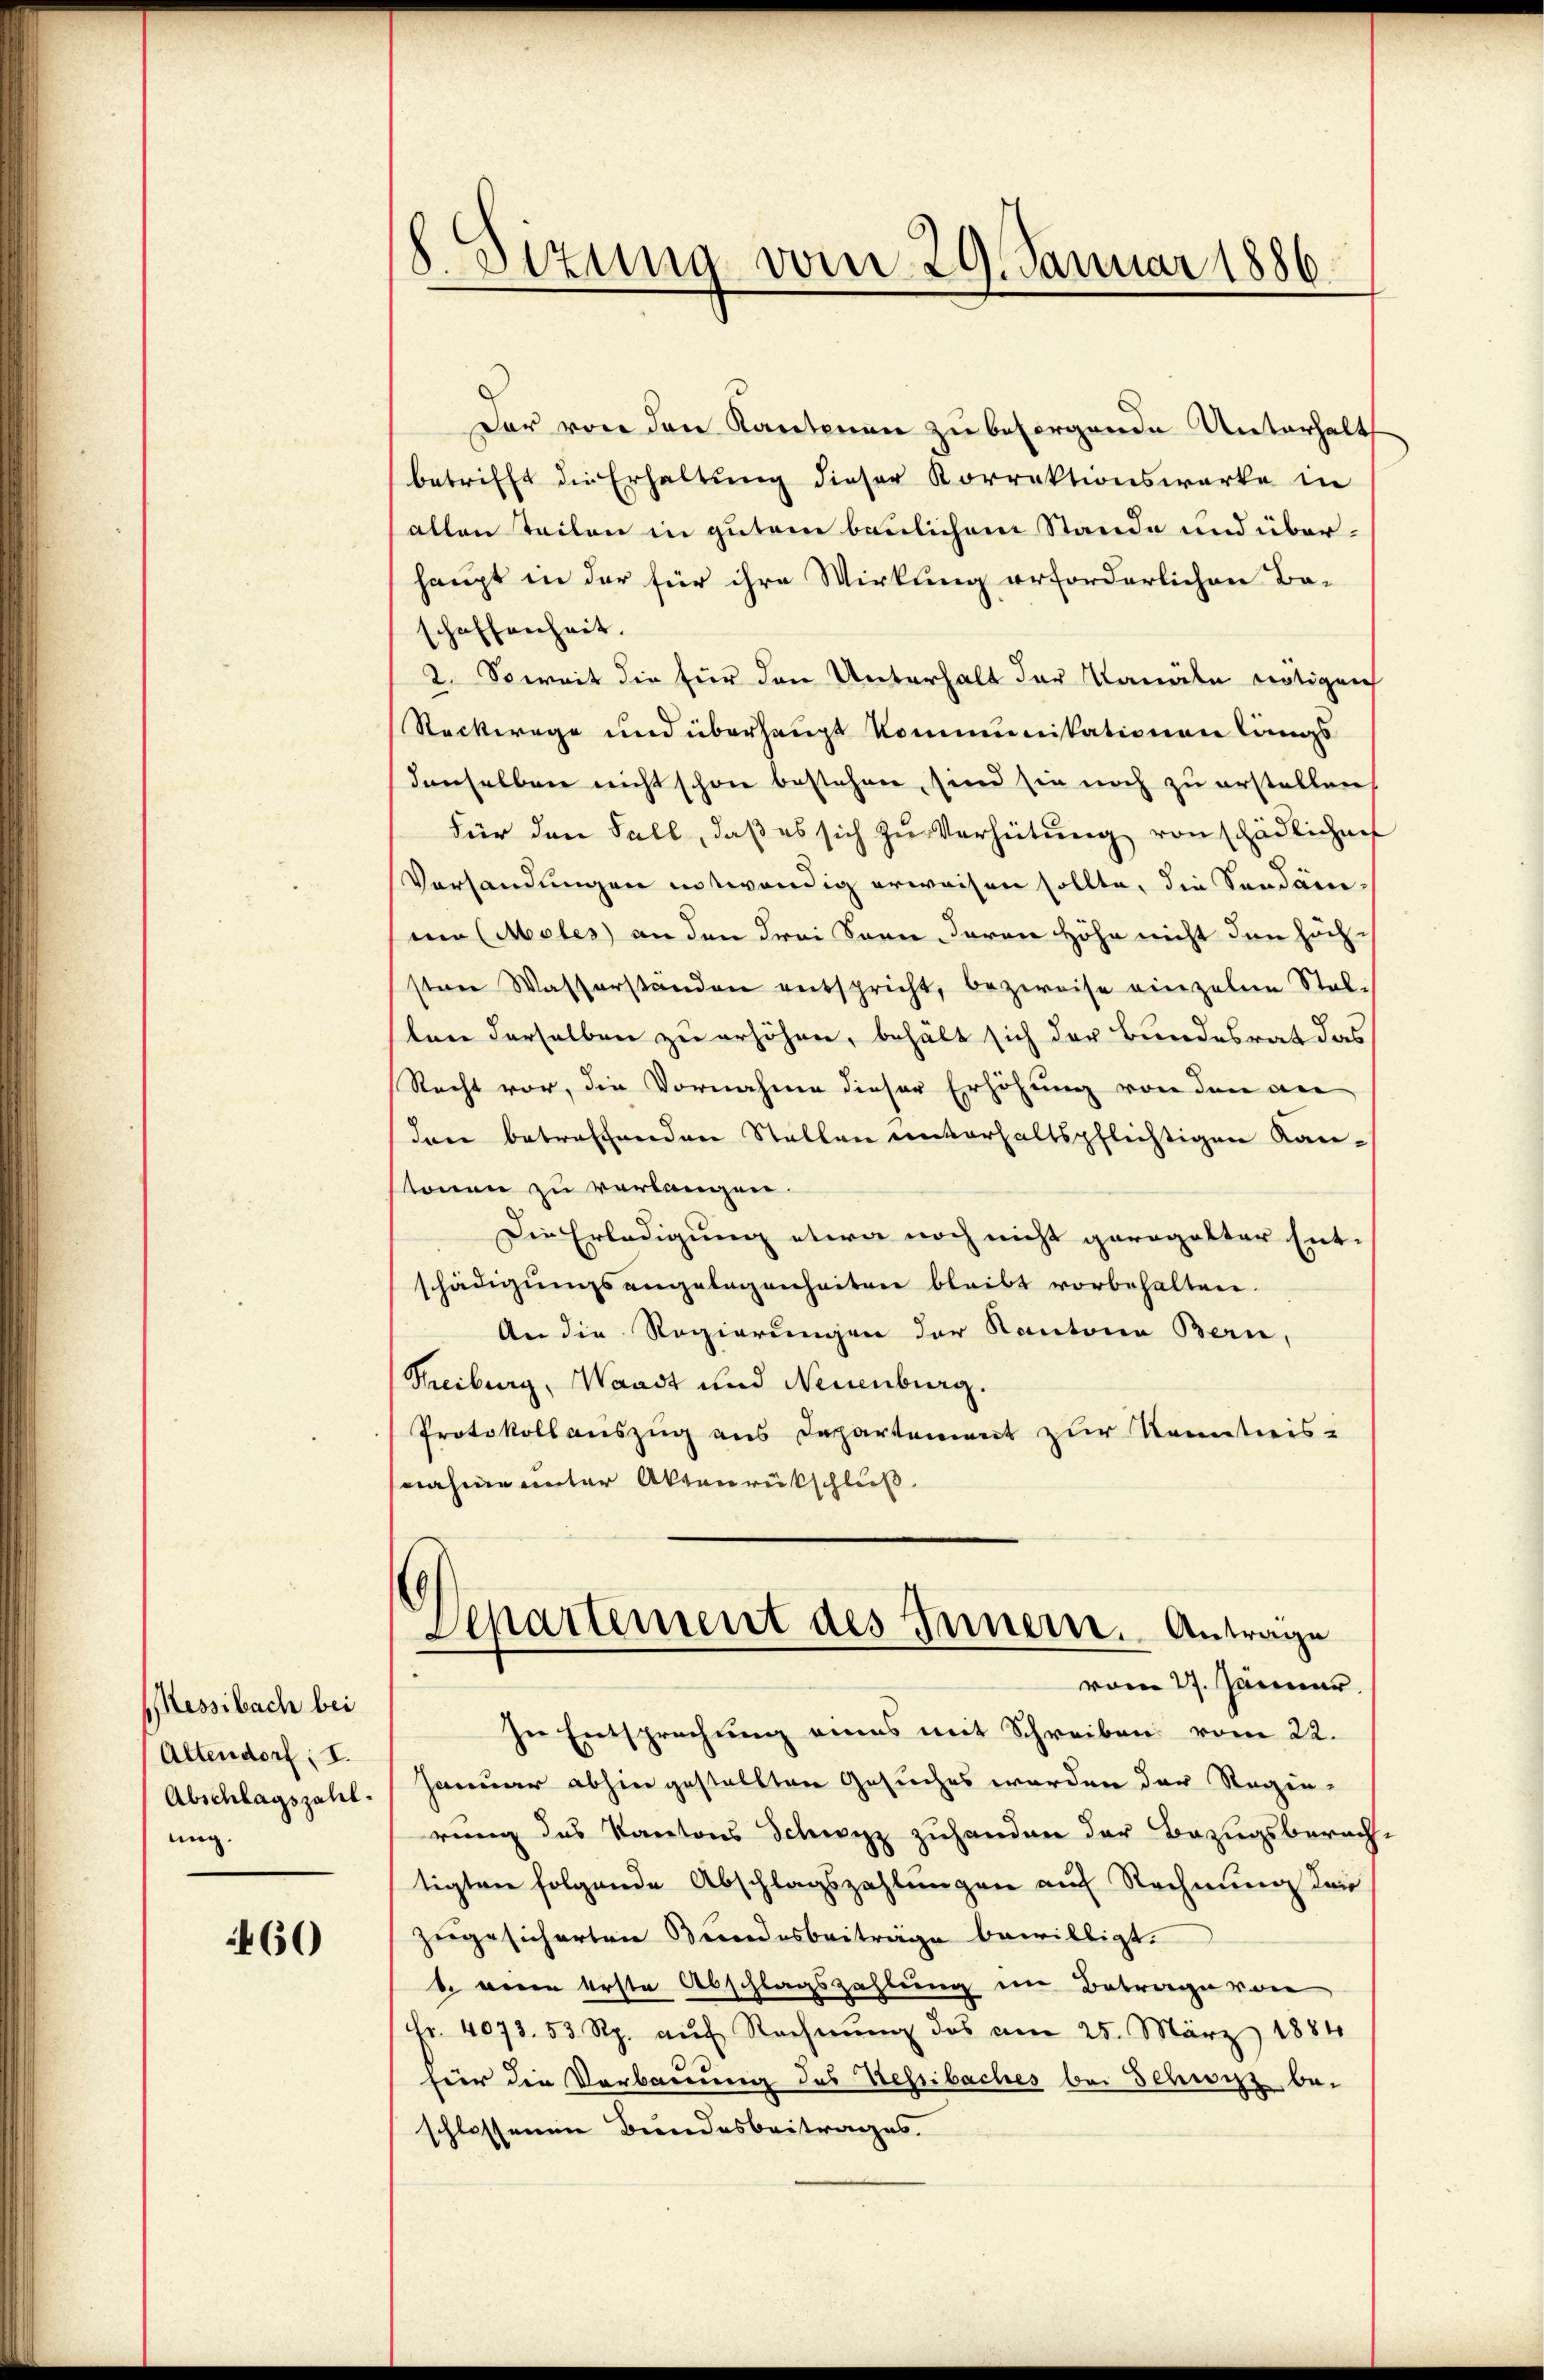
Messibach bei
Altendorf; I.
Abschlagszahl
ung.

460

18. Sezung vom 29. Januar 1886.

Der von den Kantonen zu besorgende Unterhalt
betrifft die Erhaltung dieser Korrektionswerke in
(allen Teilen in gutem baulichem Stande und überhaupt in der für ihre Wirkung erforderlichen Be-
schaffenheit.
2. Soweit die für den Unterhalt der Kanäle nötigen
Reckwege und überhaupt kommunikationen längs
denselben nicht schon bestehen, sind sie noch zu erstellen
Für den Fall, daβ es sich zu Verhütung von schädlichen
Versandungen entwendig erweisen sollte, die Sandame
nen (Males an den drei Sonne daran Höhe nicht den höchsten Wasserständen entspricht, bezweise einzelne Stelsten derselben zu erhöhen, behält sich der Bundesrat das
Recht vor, die Vornahme dieser Erhöhung von den an
dann betreffenden Stellen unterhaltspflichtigen Kan-
stonen zu verlangen.
Die Erledigung etwa noch nicht gerogalter Ent-
schädigungsangelegenheiten bleibt vorbehalten.
An die Regierungen der Kantone Bern,
Treiburg, Waadt und Neuenburg.
Protokollauszug aus Departement zur Kenntnis-
nahme unter Aktenrückschluß
Separtement des Innern. Antrage
vom 27. Jänner
In Entsprechung eines mit Schreiben vom 22.
Januar abhin gestellten Gesuches werden der Regen-
rung des Kantons Schwyz zuhanden der Bezugsberach-
tigten folgende Abschlagszahlungen auf Rechnung der
zugesicherten Bundesbeiträge bewilligt.
 wenn erste Abschlagszahlung im Betrage von
Fr. 4073. 53 Rp. aŭf Rechnŭng des am 25. März 1884
für die Vorbauung des Tessibaches bei Schwitz beschlossenen Bundesbeitrages